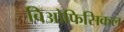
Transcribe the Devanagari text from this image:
बिओफिसिकल